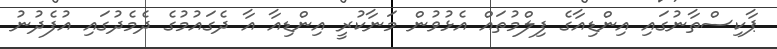
ޕާކިސްތާނުގައި އިންޑިއާގެ ފިލްމުތައް އެޅުވުން މަނާކުރީ އިންޑިއާ އާ ދެގައުމުގެ ދެމެދުގައި އުފެދުނު